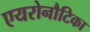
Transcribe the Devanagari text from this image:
एयरोनौटिका